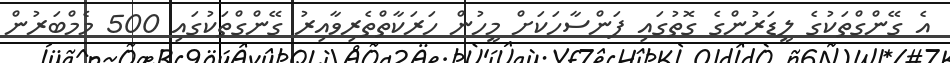
އެ ގޭންގްތަކުގެ ލީޑަރުންގެ ގޮތުގައި ފަންސާހަކަށް މީހުން ހަރަކާތްތެރިވާއިރު ގޭންގްތަކުގައި 500 މެމްބަރުން